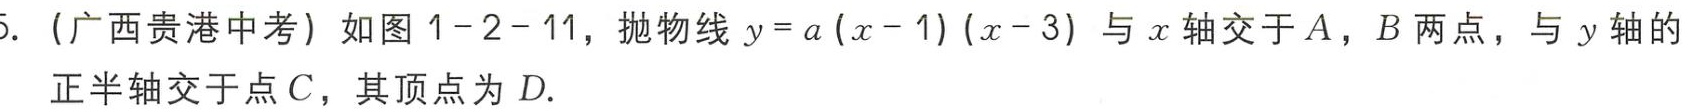
5. (广西贵港中考) 如图1 - 2 - 11，抛物线\(y = a(x - 1)(x - 3)\)与\(x\)轴交于\(A\)，\(B\)两点，与\(y\)轴的正半轴交于点\(C\)，其顶点为\(D\).